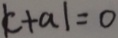
\vert c + a \vert = 0